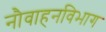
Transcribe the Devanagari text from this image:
नौवाहनविभाग